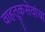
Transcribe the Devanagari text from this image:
वाहतूकसेवांचा